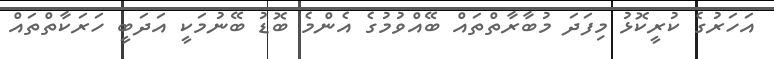
އަހަރުގެ ކުރީކޮޅު މިފަދަ މުބާރާތްތައް ބޭއްވުމުގެ އެންމެ ބޮޑު ބޭނުމަކީ އަދަބީ ހަރަކާތްތައް